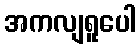
အကလျရူပေါ